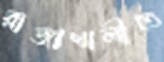
রাজাখালীতে